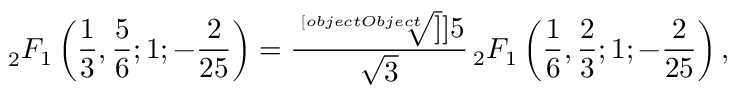
_ { 2 } F _ { 1 } \left( { \frac { 1 } { 3 } } , { \frac { 5 } { 6 } } ; 1 ; { - \frac { 2 } { 2 5 } } \right) = \frac { \sqrt [ [object Object] ] ] { 5 } } { \sqrt { 3 } } { \, } _ { 2 } F _ { 1 } \left( { \frac { 1 } { 6 } } , { \frac { 2 } { 3 } } ; 1 ; { - \frac { 2 } { 2 5 } } \right) ,